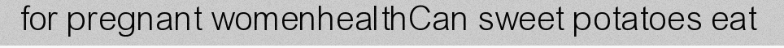
for pregnant womenhealthCan sweet potatoes eat